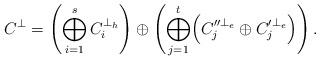
LaTeX: \begin{align*}C^\bot=\left( \bigoplus_{i=1}^s C_i^{\bot_h} \right) \oplus \left( \bigoplus_{j=1}^t \Bigl( C_j''^{\bot_e} \oplus C_j'^{\bot_e} \Bigr) \right).\end{align*}